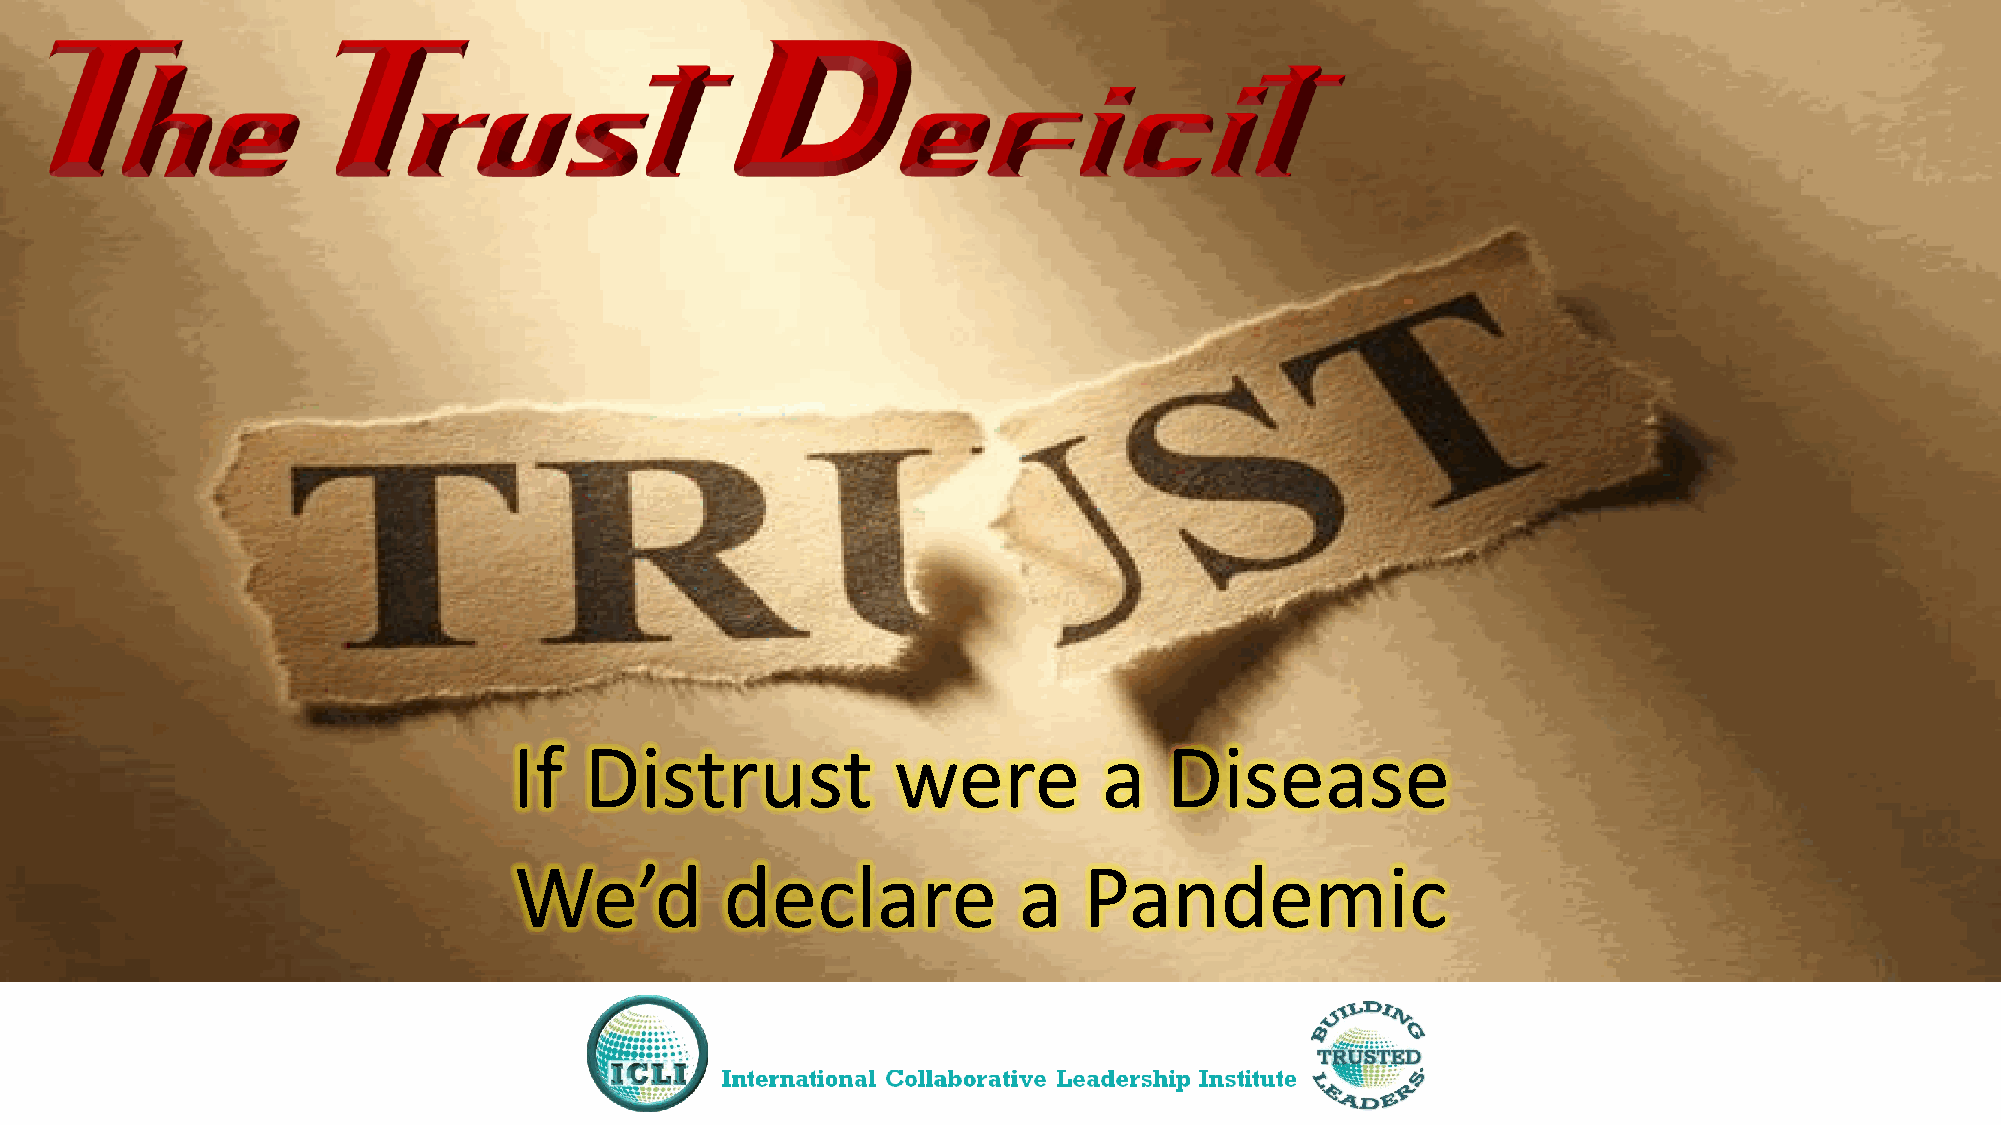
If   Distrust            were          a   Disease
 We’d          declare            a    Pandemic